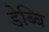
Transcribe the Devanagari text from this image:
डेब्बि